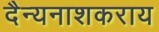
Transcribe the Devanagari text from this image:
दैन्यनाशकराय